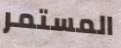
المستمر